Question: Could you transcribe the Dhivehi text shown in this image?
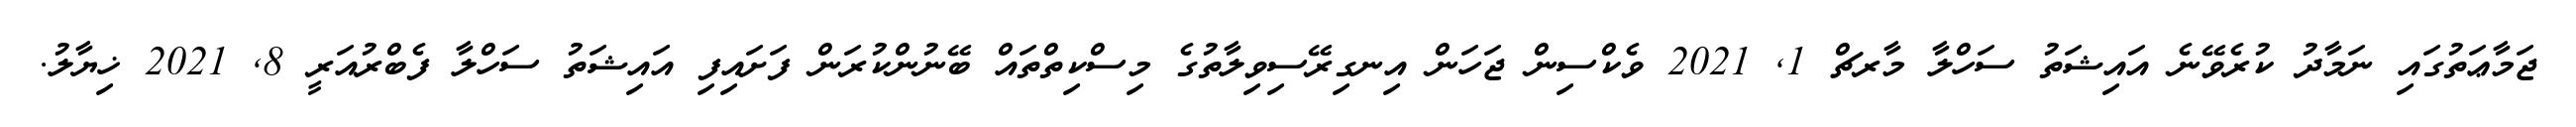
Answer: ޖަމާޢަތުގައި ނަމާދު ކުރެވޭނެ އައިޝަތު ސަހްލާ މާރޗް 1, 2021 ވެކްސިން ޖަހަން އިނގިރޭސިވިލާތުގެ މިސްކިތްތައް ބޭނުންކުރަން ފަށައިފި އައިޝަތު ސަހްލާ ފެބްރުއަރީ 8, 2021 ޚިޔާލު.